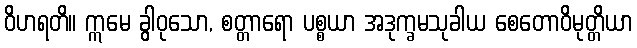
ဝိဟရတိ။ ဣမေ ခွါဝုသော, စတ္တာရော ပစ္စယာ အဒုက္ခမသုခါယ စေတောဝိမုတ္တိယာ